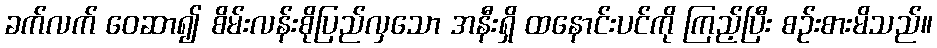
ခက်လက် ဝေဆာ၍ စိမ်းလန်းစိုပြည်လှသော အနီးရှိ ထနောင်းပင်ကို ကြည့်ပြီး စဉ်းစားမိသည်။